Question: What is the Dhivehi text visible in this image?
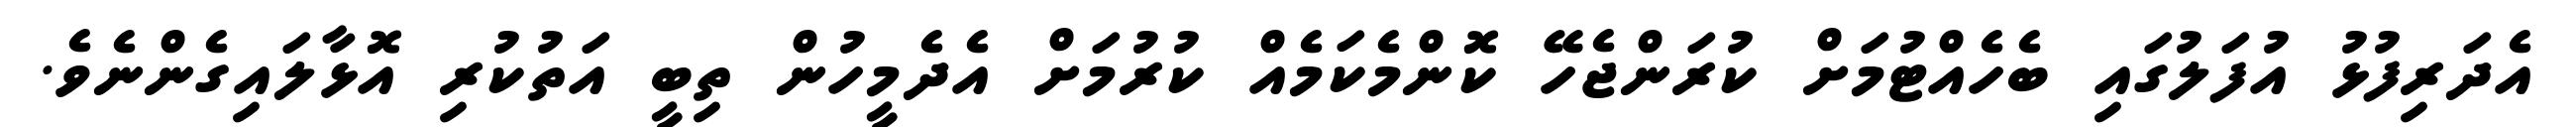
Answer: އެދަރިފުޅު އުފަލުގައި ބެހެއްޓުމަށް ކުރަންޖެހޭ ކޮންމެކަމެއް ކުރުމަށް އެދެމީހުން ތިބީ އަތުކުރި އޮޅާލައިގެންނެވެ.